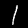
Digit: 1